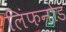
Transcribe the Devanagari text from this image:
लिंफनोड